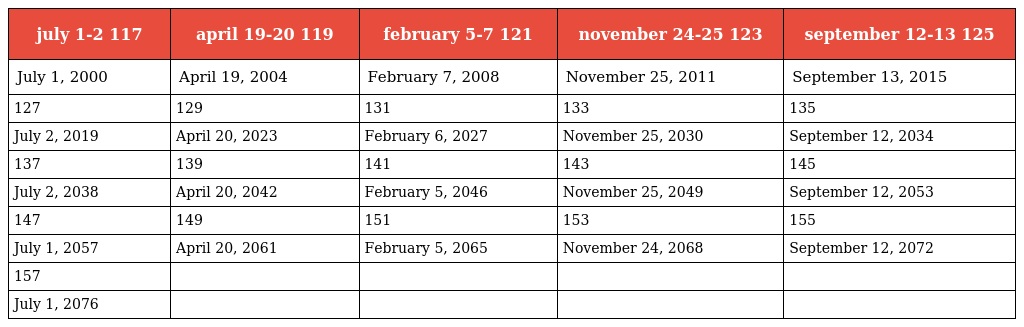
| july 1-2 117 | april 19-20 119 | february 5-7 121 | november 24-25 123 | september 12-13 125 |
 | --- | --- | --- | --- | --- |
 | July 1, 2000 | April 19, 2004 | February 7, 2008 | November 25, 2011 | September 13, 2015 |
 | 127 | 129 | 131 | 133 | 135 |
 | July 2, 2019 | April 20, 2023 | February 6, 2027 | November 25, 2030 | September 12, 2034 |
 | 137 | 139 | 141 | 143 | 145 |
 | July 2, 2038 | April 20, 2042 | February 5, 2046 | November 25, 2049 | September 12, 2053 |
 | 147 | 149 | 151 | 153 | 155 |
 | July 1, 2057 | April 20, 2061 | February 5, 2065 | November 24, 2068 | September 12, 2072 |
 | 157 |  |  |  |  |
 | July 1, 2076 |  |  |  |  |